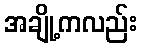
အချို့ကလည်း